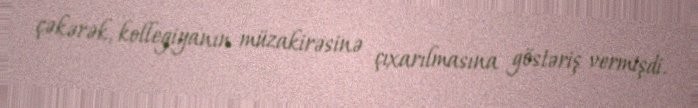
çəkərək, kollegiyanın müzakirəsinə çıxarılmasına göstəriş vermişdi.